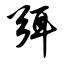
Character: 弭